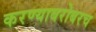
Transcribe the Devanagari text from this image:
करण्‍याबरोबरच